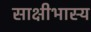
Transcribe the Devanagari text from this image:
साक्षीभास्य